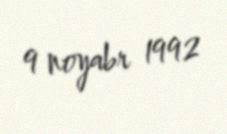
9 noyabr 1992